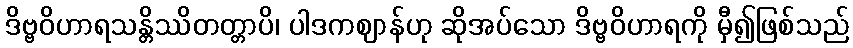
ဒိဗ္ဗဝိဟာရသန္တိဿိတတ္တာပိ၊ ပါဒကဈာန်ဟု ဆိုအပ်သော ဒိဗ္ဗဝိဟာရကို မှီ၍ဖြစ်သည်